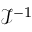
\textstyle { \mathcal { I } } ^ { - 1 }